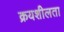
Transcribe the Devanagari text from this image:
क्रयशीलता